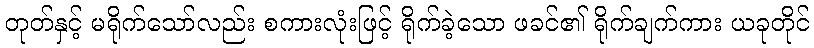
တုတ်နှင့် မရိုက်သော်လည်း စကားလုံးဖြင့် ရိုက်ခဲ့သော ဖခင်၏ ရိုက်ချက်ကား ယခုတိုင်